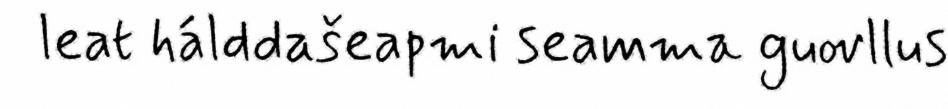
leat hálddašeapmi seamma guovllus